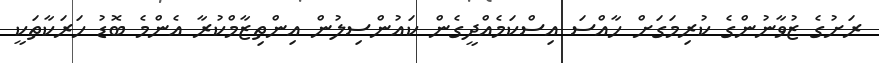
ރަށުގެ ޒުވާނުންގެ ކުރިމަގަށް ހާއްސަ އިސްކަމެއްދީގެން ކައުންސިލުން އިންތިޒާމްކުރާ އެންމެ ބޮޑު ހަރަކާތަކީ